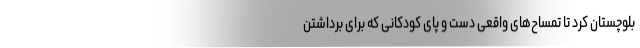
بلوچستان کرد تا تمساح‌های واقعی دست و پای کودکانی که برای برداشتن